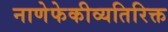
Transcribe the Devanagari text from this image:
नाणेफेकीव्यतिरिक्त